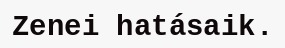
Zenei hatásaik.